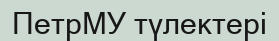
ПетрМУ түлектері